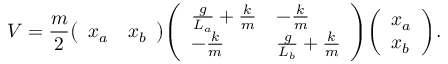
V = { \frac { m } { 2 } } { \left( \begin{array} { l l } { x _ { a } } & { x _ { b } } \end{array} \right) } { \left( \begin{array} { l l } { { \frac { g } { L _ { a } } } + { \frac { k } { m } } } & { - { \frac { k } { m } } } \\ { - { \frac { k } { m } } } & { { \frac { g } { L _ { b } } } + { \frac { k } { m } } } \end{array} \right) } { \left( \begin{array} { l } { x _ { a } } \\ { x _ { b } } \end{array} \right) } .